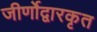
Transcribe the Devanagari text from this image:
जीर्णोद्वारकृत